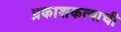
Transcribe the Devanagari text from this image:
प्रकाशकत्वाची